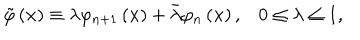
\tilde { \varphi } \left( \mathbf { x } \right) \equiv \lambda \varphi _ { n + 1 } \left( \mathbf { x } \right) + \bar { \lambda } \varphi _ { n } \left( \mathbf { x } \right) , 0 \leq \lambda \leq 1 ,